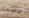
عظمة